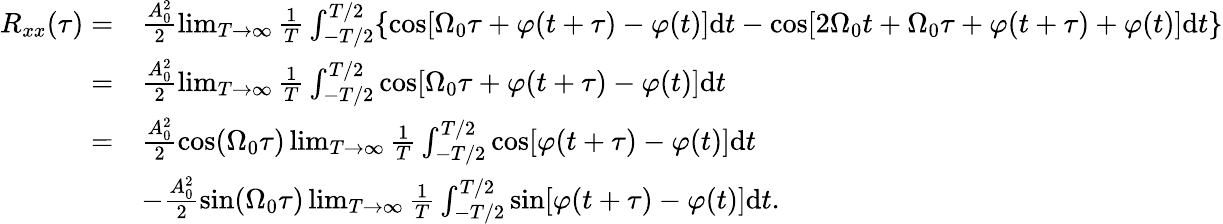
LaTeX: \begin{array}{rl}{R_{xx}(\tau)=}&{\frac{A_{0}^{2}}{2}\operatorname*{lim}_{T\rightarrow\infty}\frac{1}{T}\int_{-T/2}^{T/2}\{ \mathrm{cos}[\Omega_{0}\tau+\varphi(t+\tau)-\varphi(t)]\mathrm{d}t-\mathrm{cos}[2\Omega_{0}t+\Omega_{0}\tau+\varphi(t+\tau)+\varphi(t)]\mathrm{d}t\} }\\ {=}&{\frac{A_{0}^{2}}{2}\operatorname*{lim}_{T\rightarrow\infty}\frac{1}{T}\int_{-T/2}^{T/2}\mathrm{cos}[\Omega_{0}\tau+\varphi(t+\tau)-\varphi(t)]\mathrm{d}t}\\ {=}&{\frac{A_{0}^{2}}{2}\mathrm{cos}(\Omega_{0}\tau)\operatorname*{lim}_{T\rightarrow\infty}\frac{1}{T}\int_{-T/2}^{T/2}\mathrm{cos}[\varphi(t+\tau)-\varphi(t)]\mathrm{d}t}\\ &{-\frac{A_{0}^{2}}{2}\mathrm{sin}(\Omega_{0}\tau)\operatorname*{lim}_{T\rightarrow\infty}\frac{1}{T}\int_{-T/2}^{T/2}\mathrm{sin}[\varphi(t+\tau)-\varphi(t)]\mathrm{d}t\mathrm{.}}\end{array}